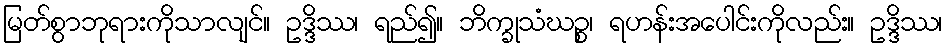
မြတ်စွာဘုရားကိုသာလျင်။ ဥဒ္ဒိဿ၊ ရည်၍။ ဘိက္ခုသံဃဉ္စ၊ ရဟန်းအပေါင်းကိုလည်း။ ဥဒ္ဒိဿ၊